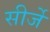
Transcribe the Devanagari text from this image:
सीर्जे